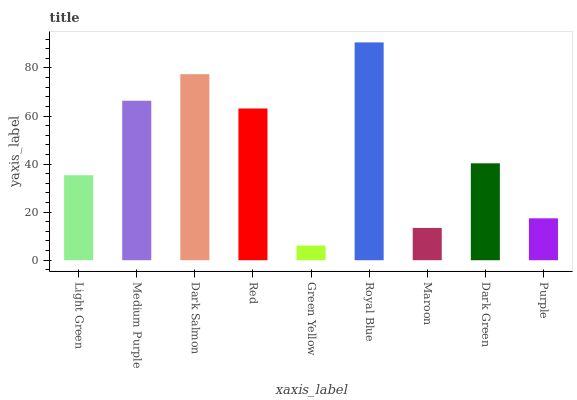
| xaxis_label | bars |
 | --- | --- |
 | Light Green | 35.4 |
 | Medium Purple | 66.4 |
 | Dark Salmon | 77.4 |
 | Red | 63.1 |
 | Green Yellow | 6.09 |
 | Royal Blue | 90.6 |
 | Maroon | 13.4 |
 | Dark Green | 40.3 |
 | Purple | 17.4 |